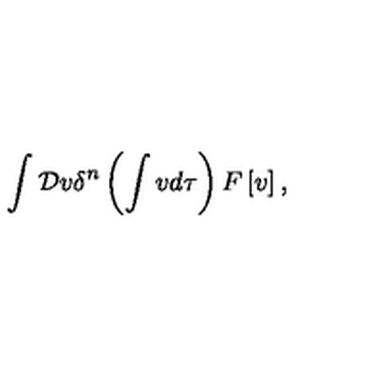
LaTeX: \int { \cal D } v \delta ^ { n } \left( \int v d \tau \right) F \left[ v \right] ,